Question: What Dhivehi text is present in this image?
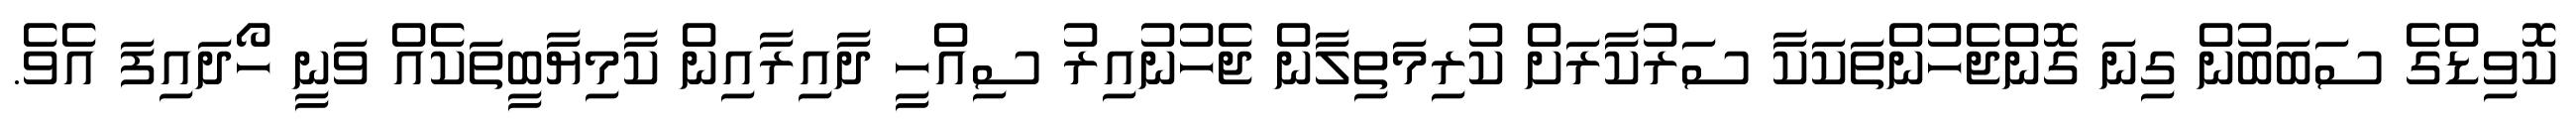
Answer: ކޮވިޑްގެ ސަބަބުން ގިނަ ގޮންޖެހުންތަކަކާ ސަރުކާރަށް ކުރިމަތިލާން ޖެހުނުއިރު ސިއްހީ ދާއިރާއިން ކާމިޔާބީތަކެއް ވަނީ ހޯދައިފަ އެވެ.